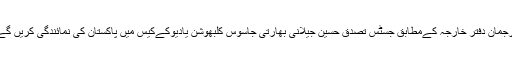
ترجمان دفتر خارجہ کےمطابق جسٹس تصدق حسین جیلانی بھارتی جاسوس کلبھوشن یادیوکےکیس میں پاکستان کی نمائندگی کریں گے۔